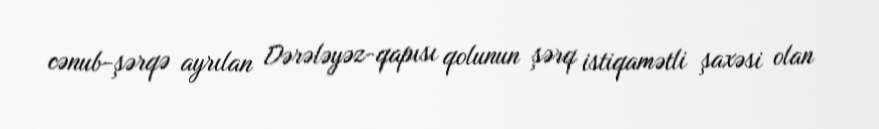
cənub-şərqə ayrılan Dərələyəz-qapısı qolunun şərq istiqamətli şaxəsi olan